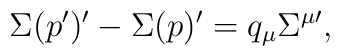
\Sigma(p^\prime)^\prime-\Sigma(p)^\prime=q_\mu\Sigma^{\mu\prime},